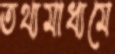
তথ্যমাধ্যমে